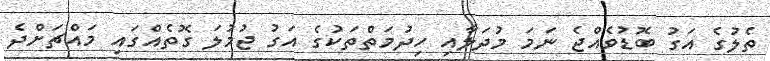
ތެލުގެ އަގު ބޮޑުވެއްޖެ ނަމަ މުދަލާއި ހިދުމަތްތަކުގެ އަގު ޖުމުލަ ގޮތެއްގައި މައްޗަށްދެ